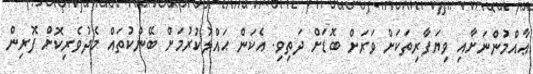
ޢާއްމުންނަށާއި ވިޔަފާރިތަކަށް ވަރަށް ބޮޑަށް ދަތިވި. އެކަން ޙައްލުކުރުމަށް ބޭންކުތައް މެދުވެރިކޮށް ފޮރިން